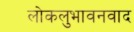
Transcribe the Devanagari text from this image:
लोकलुभावनवाद